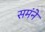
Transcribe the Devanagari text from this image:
समंने